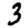
Digit: 3